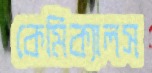
কেমিক্যালস